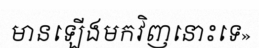
មានឡើងមកវិញនោះទេ»